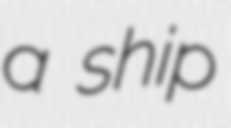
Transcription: a ship